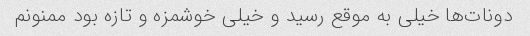
دونات‌ها خیلی به موقع رسید و خیلی خوشمزه و تازه بود ممنونم